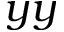
y y